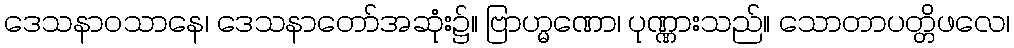
ဒေသနာဝသာနေ၊ ဒေသနာတော်အဆုံး၌။ ဗြာဟ္မဏော၊ ပုဏ္ဏားသည်။ သောတာပတ္တိဖလေ၊